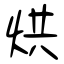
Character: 烘